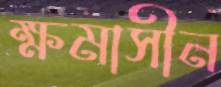
ক্ষমাসীন